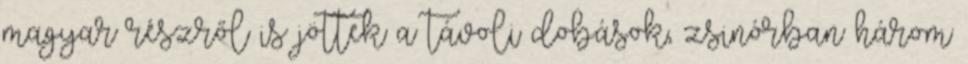
magyar részről is jöttek a távoli dobások, zsinórban három